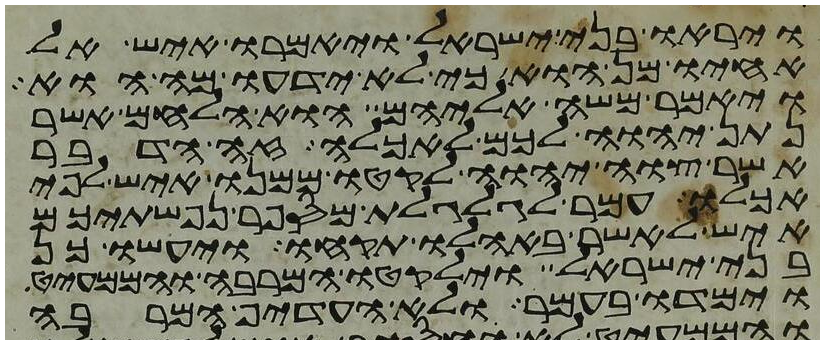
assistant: ויראו בני ישראל ויאמרו איש אל
אחיו מן הוא כי לא ידעו מה הוא
ויאמר משה אליהם הוא הלחם אשר
נתן יהוה לכם לאכלה זה הדבר
אשר צוה יהוה לקטו ממנו איש לפי
אכלו עמר לגלגלת מספר נפשתיכם
איש לאשר באהלו תקחו ויעשו כן
בני ישראל וילקטו המרבה והממעיט
וימדו בעמר ולא העדיף המרבה